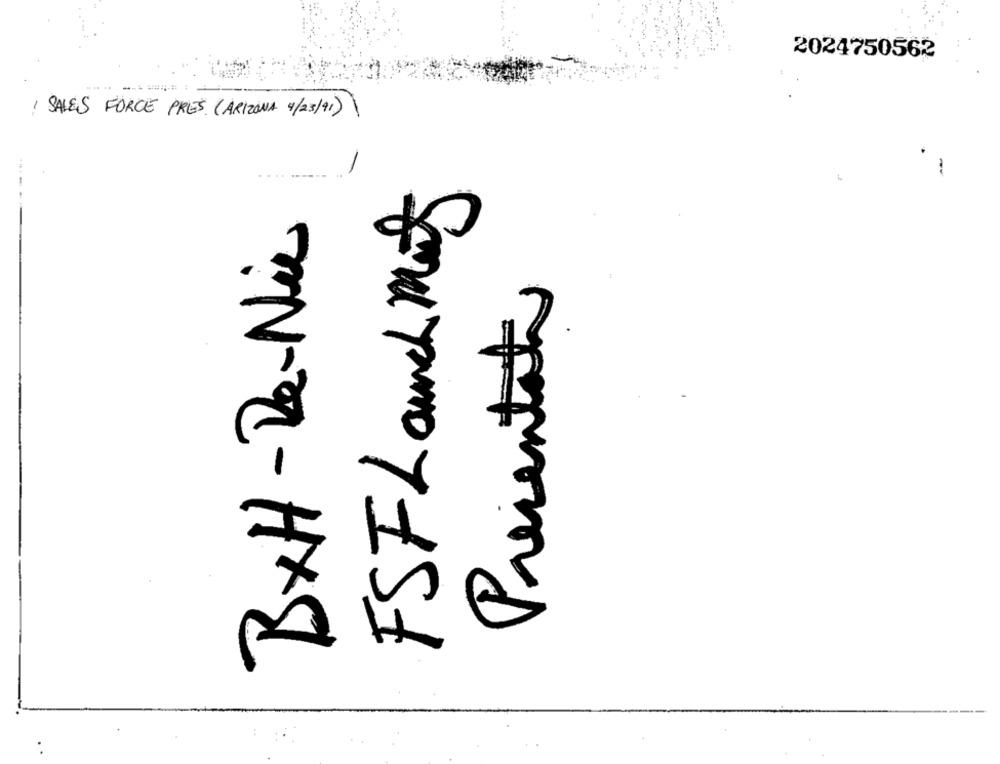
2024750562
SALES FORCE PRES. (ARIZONA 4/23/91)
-
FSF Launch Mat
BxH - De-Nie
Presentato